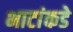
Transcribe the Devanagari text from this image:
भाटांकडे